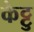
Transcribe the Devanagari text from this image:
केट्टु